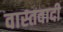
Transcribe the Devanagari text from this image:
वास्तवादी